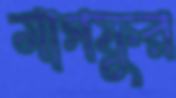
মাগফুর